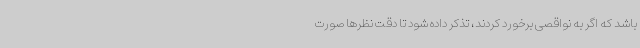
باشد که اگر به نواقصی برخورد کردند، تذکر داده شود تا دقت نظرها صورت